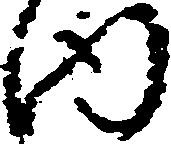
内